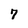
Character: 7